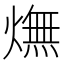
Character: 㷻